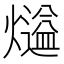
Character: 𤐹